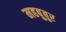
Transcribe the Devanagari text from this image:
महबुबुर